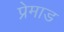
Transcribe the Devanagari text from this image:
प्रेमाड